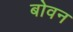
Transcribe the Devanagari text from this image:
बोवन